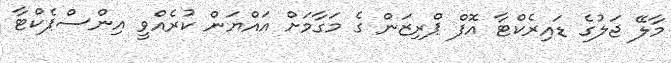
މާލޭ ޖަލުގެ ޑައިރެކްޓާ އޮފް ޕްރިޒަން ގެ މަގާމަށް އައްޔަން ކުރެއްވީ އިންސްޕެކްޓާ